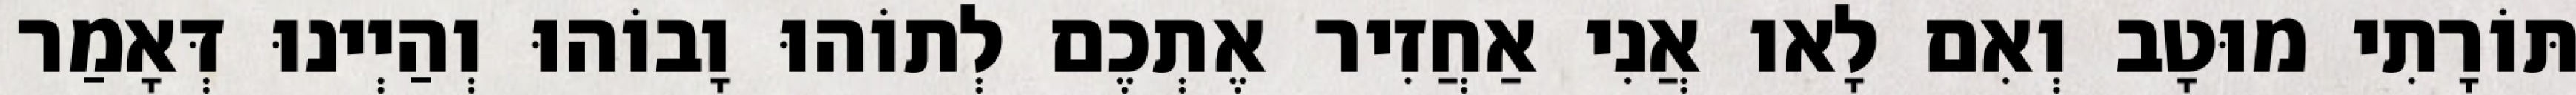
תּוֹרָתִי מוּטָב וְאִם לָאו אֲנִי אַחֲזִיר אֶתְכֶם לְתוֹהוּ וָבוֹהוּ וְהַיְינוּ דְּאָמַר